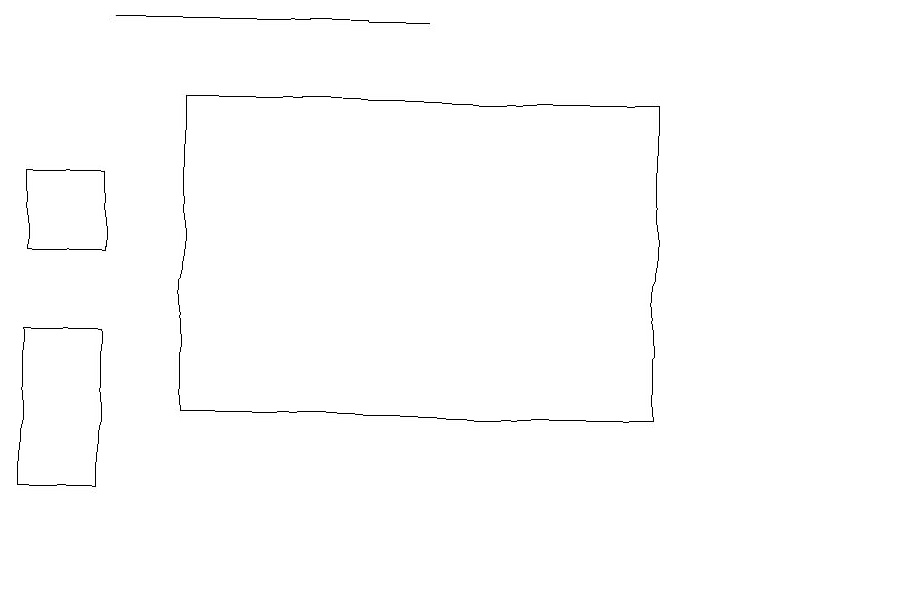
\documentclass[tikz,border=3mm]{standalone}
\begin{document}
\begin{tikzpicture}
\draw (2,14) rectangle (8,18);
\draw (1,19) rectangle (5,19);
\draw (0,13) rectangle (1,15);
\draw (11,12) circle (0);
\draw (0,16) rectangle (1,17);
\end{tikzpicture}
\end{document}